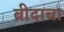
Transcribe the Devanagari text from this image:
ब्रीदाचा